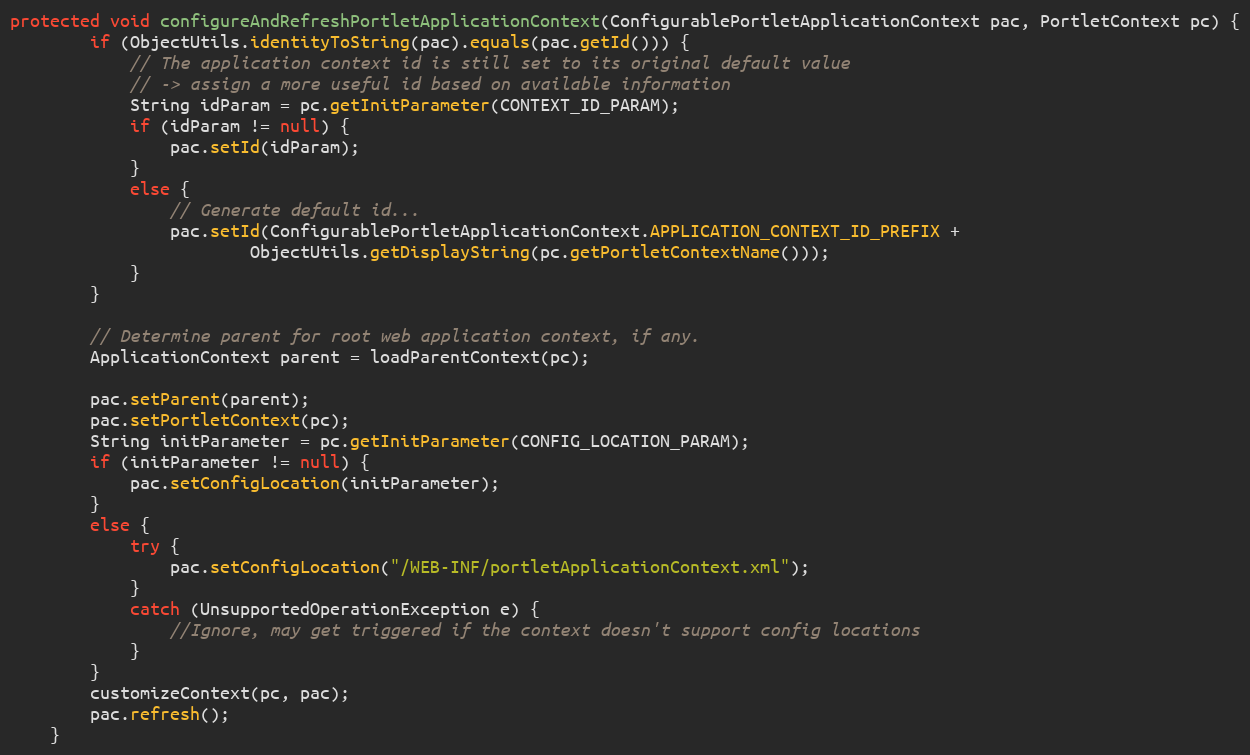
Language: Java
protected void configureAndRefreshPortletApplicationContext(ConfigurablePortletApplicationContext pac, PortletContext pc) {
        if (ObjectUtils.identityToString(pac).equals(pac.getId())) {
            // The application context id is still set to its original default value
            // -> assign a more useful id based on available information
            String idParam = pc.getInitParameter(CONTEXT_ID_PARAM);
            if (idParam != null) {
                pac.setId(idParam);
            }
            else {
                // Generate default id...
                pac.setId(ConfigurablePortletApplicationContext.APPLICATION_CONTEXT_ID_PREFIX +
                        ObjectUtils.getDisplayString(pc.getPortletContextName()));
            }
        }

        // Determine parent for root web application context, if any.
        ApplicationContext parent = loadParentContext(pc);

        pac.setParent(parent);
        pac.setPortletContext(pc);
        String initParameter = pc.getInitParameter(CONFIG_LOCATION_PARAM);
        if (initParameter != null) {
            pac.setConfigLocation(initParameter);
        }
        else {
            try {
                pac.setConfigLocation("/WEB-INF/portletApplicationContext.xml");
            }
            catch (UnsupportedOperationException e) {
                //Ignore, may get triggered if the context doesn't support config locations
            }
        }
        customizeContext(pc, pac);
        pac.refresh();
    }